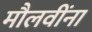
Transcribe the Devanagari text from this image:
मौलवींना